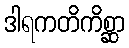
ဒါရကတိကိစ္ဆာ